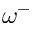
\omega ^ { - }